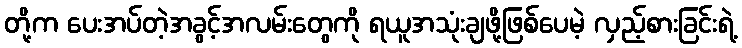
တို့က ပေးအပ်တဲ့အခွင့်အလမ်းတွေကို ရယူအသုံးချဖို့ဖြစ်ပေမဲ့ လှည့်စားခြင်းရဲ့